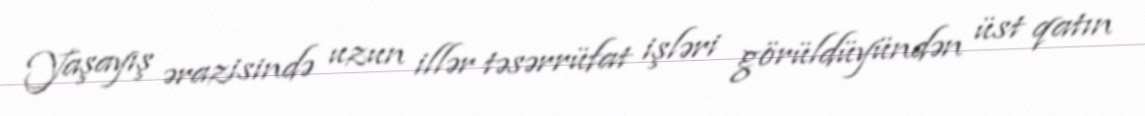
Yaşayış ərazisində uzun illər təsərrüfat işləri görüldüyündən üst qatın